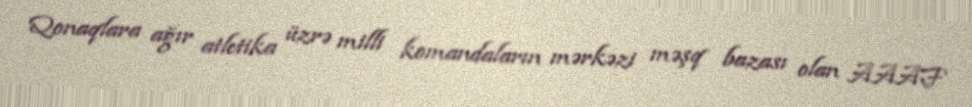
Qonaqlara ağır atletika üzrə milli komandaların mərkəzi məşq bazası olan AAAF